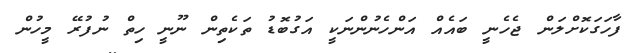
ފާހަގަކޮށްލަން ޖެހެނީ ބައެއް އަންހެނުންނަކީ އަގުބޮޑު ތަކެތިން ނޫނީ ހިތް ނުފުރޭ މީހުން